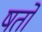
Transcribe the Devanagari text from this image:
षर्तो